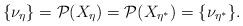
LaTeX: \begin{align*}\{\nu_\eta\}=\mathcal{P}(X_\eta)=\mathcal{P}(X_{\eta^*})=\{\nu_{\eta^*}\}.\end{align*}